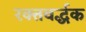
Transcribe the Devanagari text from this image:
रक्तवर्द्धक